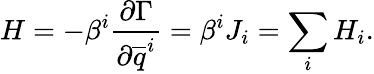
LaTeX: H=-\beta^{i}\frac{\partial\Gamma}{\partial\overline{{q}}^{i}}=\beta^{i}J_{i}=\sum_{i}H_{i}.